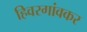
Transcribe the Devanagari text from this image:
हिवरगांवकर